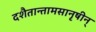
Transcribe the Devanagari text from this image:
दशैतान्तामसानृषीन्